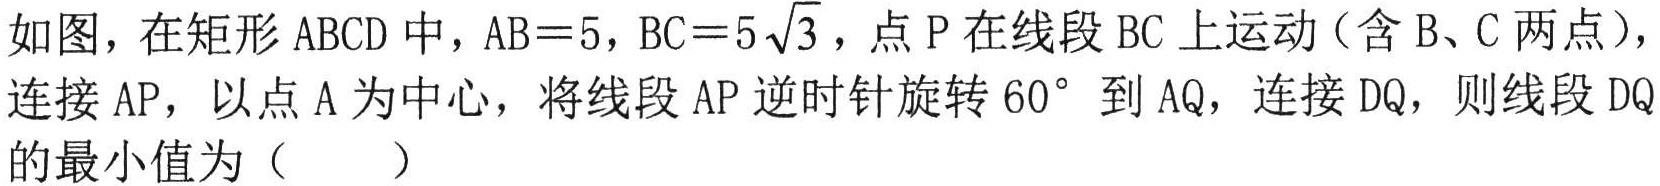
如图，在矩形\(ABCD\)中，\(AB = 5\)，\(BC = 5\sqrt{3}\)，点\(P\)在线段\(BC\)上运动（含\(B、C\)两点），连接\(AP\)，以点\(A\)为中心，将线段\(AP\)逆时针旋转\(60^{\circ}\)到\(AQ\)，连接\(DQ\)，则线段\(DQ\)的最小值为（  ）